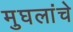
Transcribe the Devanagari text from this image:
मुघलांचे